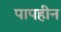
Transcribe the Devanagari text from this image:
पापहीन